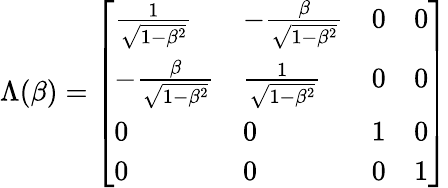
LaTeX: \Lambda(\beta)={\left[\begin{array}{llll}{{\frac{1}{\sqrt{1-\beta^{2}}}}}&{-{\frac{\beta}{\sqrt{1-\beta^{2}}}}}&{0}&{0}\\ {-{\frac{\beta}{\sqrt{1-\beta^{2}}}}}&{{\frac{1}{\sqrt{1-\beta^{2}}}}}&{0}&{0}\\ {0}&{0}&{1}&{0}\\ {0}&{0}&{0}&{1}\end{array}\right]}